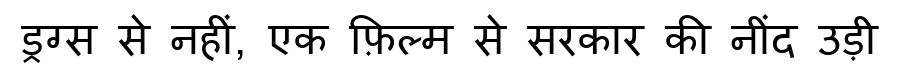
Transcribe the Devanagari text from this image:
ड्रग्स से नहीं, एक फ़िल्म से सरकार की नींद उड़ी